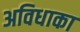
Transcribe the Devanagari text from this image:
अविधाका